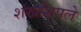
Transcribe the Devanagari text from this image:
शंखशिपले